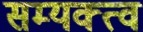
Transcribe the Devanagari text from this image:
सम्यक्त्व